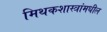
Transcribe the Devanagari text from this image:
मिथकशास्त्रांमधील